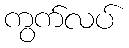
ကွက်လပ်